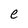
Character: e